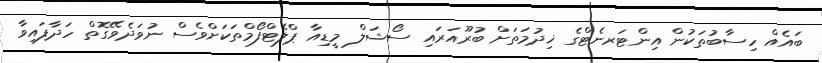
ބައެއް ހިސާބުތަކުން އިންޓަރނެޓްގެ ޚިދުމަތަށް ބުރޫއަރައި ސޯޝަލް މީޑިއާ ޕްލެޓްފޯމްތަކަށްވެސް ނުވަދެވޭގޮތް ހަދާފައިވާ